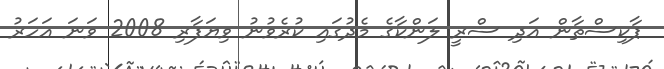
ޕާކިސްތާން އަދި ސްރީ ލަންކާގެ މެދުގައި ކުރެވުނު ވިޔަފާރި 2008 ވަނަ އަހަރު